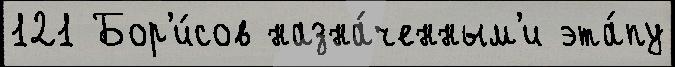
121 Бор'и́сов назна́ченным'и эта́пу